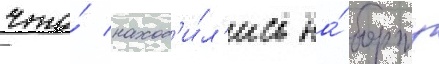
что́ наход'и́л'ись на́ борту